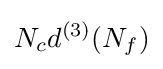
N_{c}d^{(3)}(N_{f})